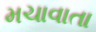
મચાવાતા